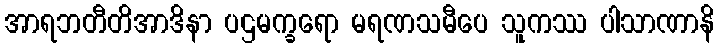
အာရဘတီတိအာဒိနာ ပဌမက္ခရော မရဏသမီပေ သူကဿ ပါသာဏာနိ